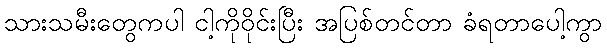
သားသမီးတွေကပါ ငါ့ကိုဝိုင်းပြီး အပြစ်တင်တာ ခံရတာပေါ့ကွာ